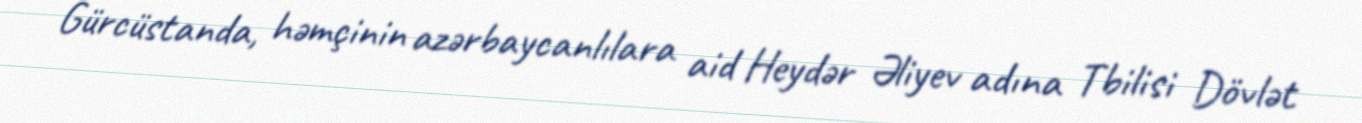
Gürcüstanda, həmçinin azərbaycanlılara aid Heydər Əliyev adına Tbilisi Dövlət